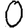
Digit: 0